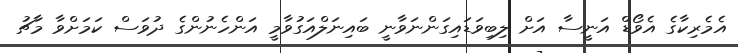
އެމެރިކާގެ އެވޯޑް އަނީސާ އަށް ލިބިވަޑައިގަންނަވާނީ ބައިނަލްއަގުވާމީ އަންހެނުންގެ ދުވަސް ކަމަށްވާ މާޗު